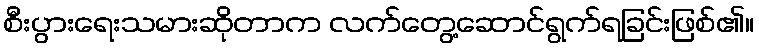
စီးပွားရေးသမားဆိုတာက လက်တွေ့ဆောင်ရွက်ရခြင်းဖြစ်၏။